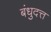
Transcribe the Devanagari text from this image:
बंधुदत्त